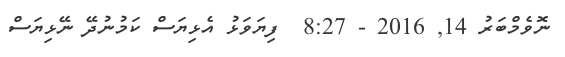
ނޮވެމްބަރު 14